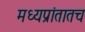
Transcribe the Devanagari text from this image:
मध्यप्रांतातच